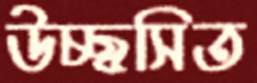
উচ্ছ্বসিত